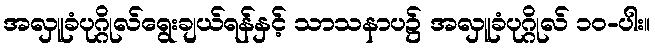
အလှူခံပုဂ္ဂိုလ်ရွေးချယ်ရန်နှင့် သာသနာပ၌ အလှူခံပုဂ္ဂိုလ် ၁၀-ပါး။